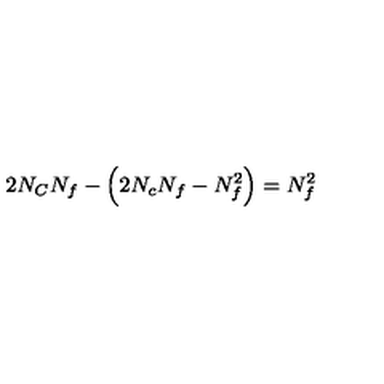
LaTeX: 2 N _ { C } N _ { f } - \Big ( 2 N _ { c } N _ { f } - N _ { f } ^ { 2 } \Big ) = N _ { f } ^ { 2 }